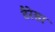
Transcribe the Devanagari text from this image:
टैरेसा